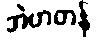
အဲဗာတန်